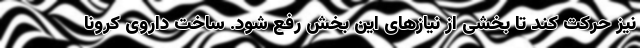
نیز حرکت کند تا بخشی از نیازهای این بخش رفع شود. ساخت داروی کرونا